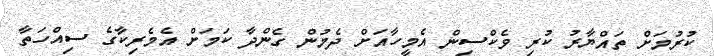
ކުރުމަށް ތައްޔާރު ކުރި ވެކްސިން އެމީހާއަށް ދެމުން ގެންދާ ކަމަށް އެމެރިކާގެ ސިއްހަތާ